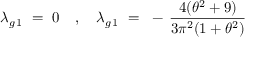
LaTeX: \lambda _ { g \, 1 } ~ = ~ 0 ~ ~ ~ , ~ ~ ~ \lambda _ { g \, 1 } ~ = ~ - \, \frac { 4 ( \theta ^ { 2 } + 9 ) } { 3 \pi ^ { 2 } ( 1 + \theta ^ { 2 } ) }